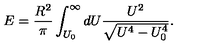
E = \frac { R ^ { 2 } } { \pi } \int _ { U _ { 0 } } ^ { \infty } d U \frac { U ^ { 2 } } { \sqrt { U ^ { 4 } - U _ { 0 } ^ { 4 } } } .